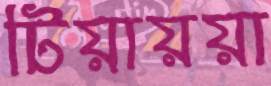
টিয়ায়য়া